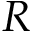
R